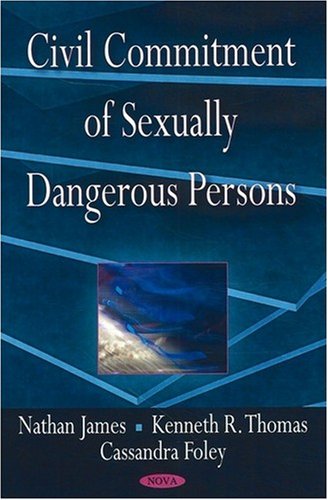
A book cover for Civil Commitment of Sexually Dangerous Persons; Nathan James; Law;